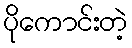
ပိုကောင်းတဲ့